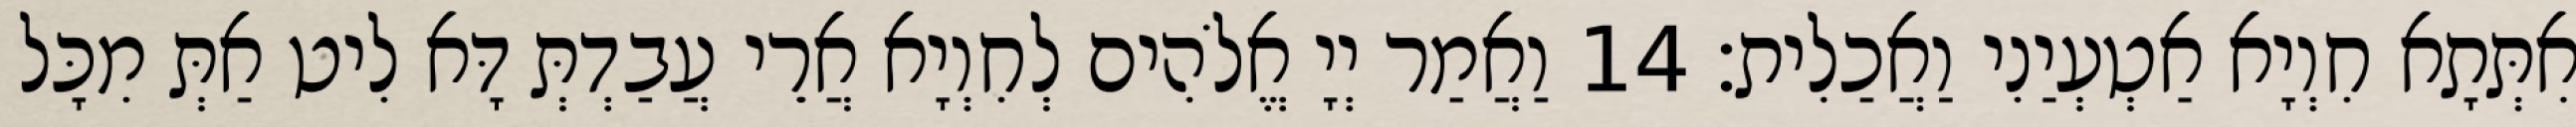
אִתְּתָא חִוְיָא אַטְעְיַנִי וַאֲכַלִית׃ 14 וַאֲמַר יְיָ אֱלֹהִים לְחִוְיָא אֲרֵי עֲבַדְתְּ דָּא לִיט אַתְּ מִכָּל